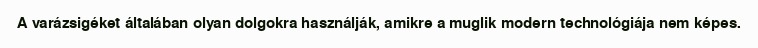
A varázsigéket általában olyan dolgokra használják, amikre a muglik modern technológiája nem képes.